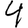
Digit: 4